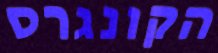
הקונגרס